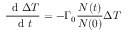
\frac { \, \mathrm { ~ d ~ } \Delta T } { \, \mathrm { ~ d ~ } t } = - \Gamma _ { 0 } \frac { N ( t ) } { N ( 0 ) } \Delta T